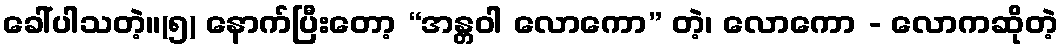
ခေါ်ပါသတဲ့။(၅) နောက်ပြီးတော့ “အန္တဝါ လောကော” တဲ့၊ လောကော - လောကဆိုတဲ့